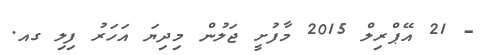
- 21 އޭޕްރިލް 2015 މާފުށީ ޖަލުން މިދިޔަ އަހަރު ފިލި ގއ.